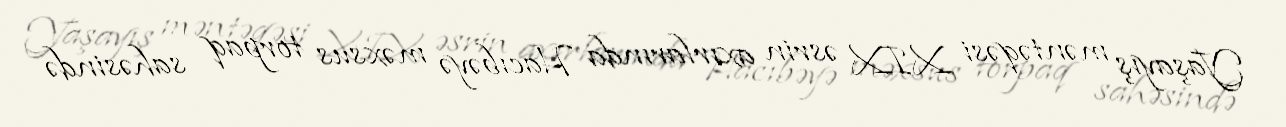
Yaşayış məntəqəsi XIX əsrin axırlarında Hacıbəyə məxsus torpaq sahəsində